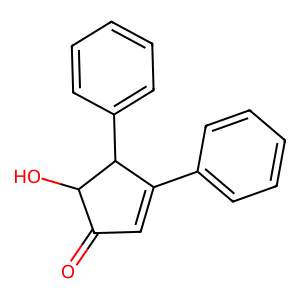
SMILES: O=C1C=C(c2ccccc2)C(c2ccccc2)C1O
Inhibits HIV replication: No